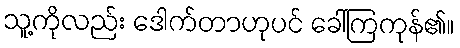
သူ့ကိုလည်း ဒေါက်တာဟုပင် ခေါ်ကြကုန်၏။